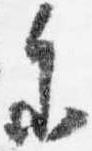
参